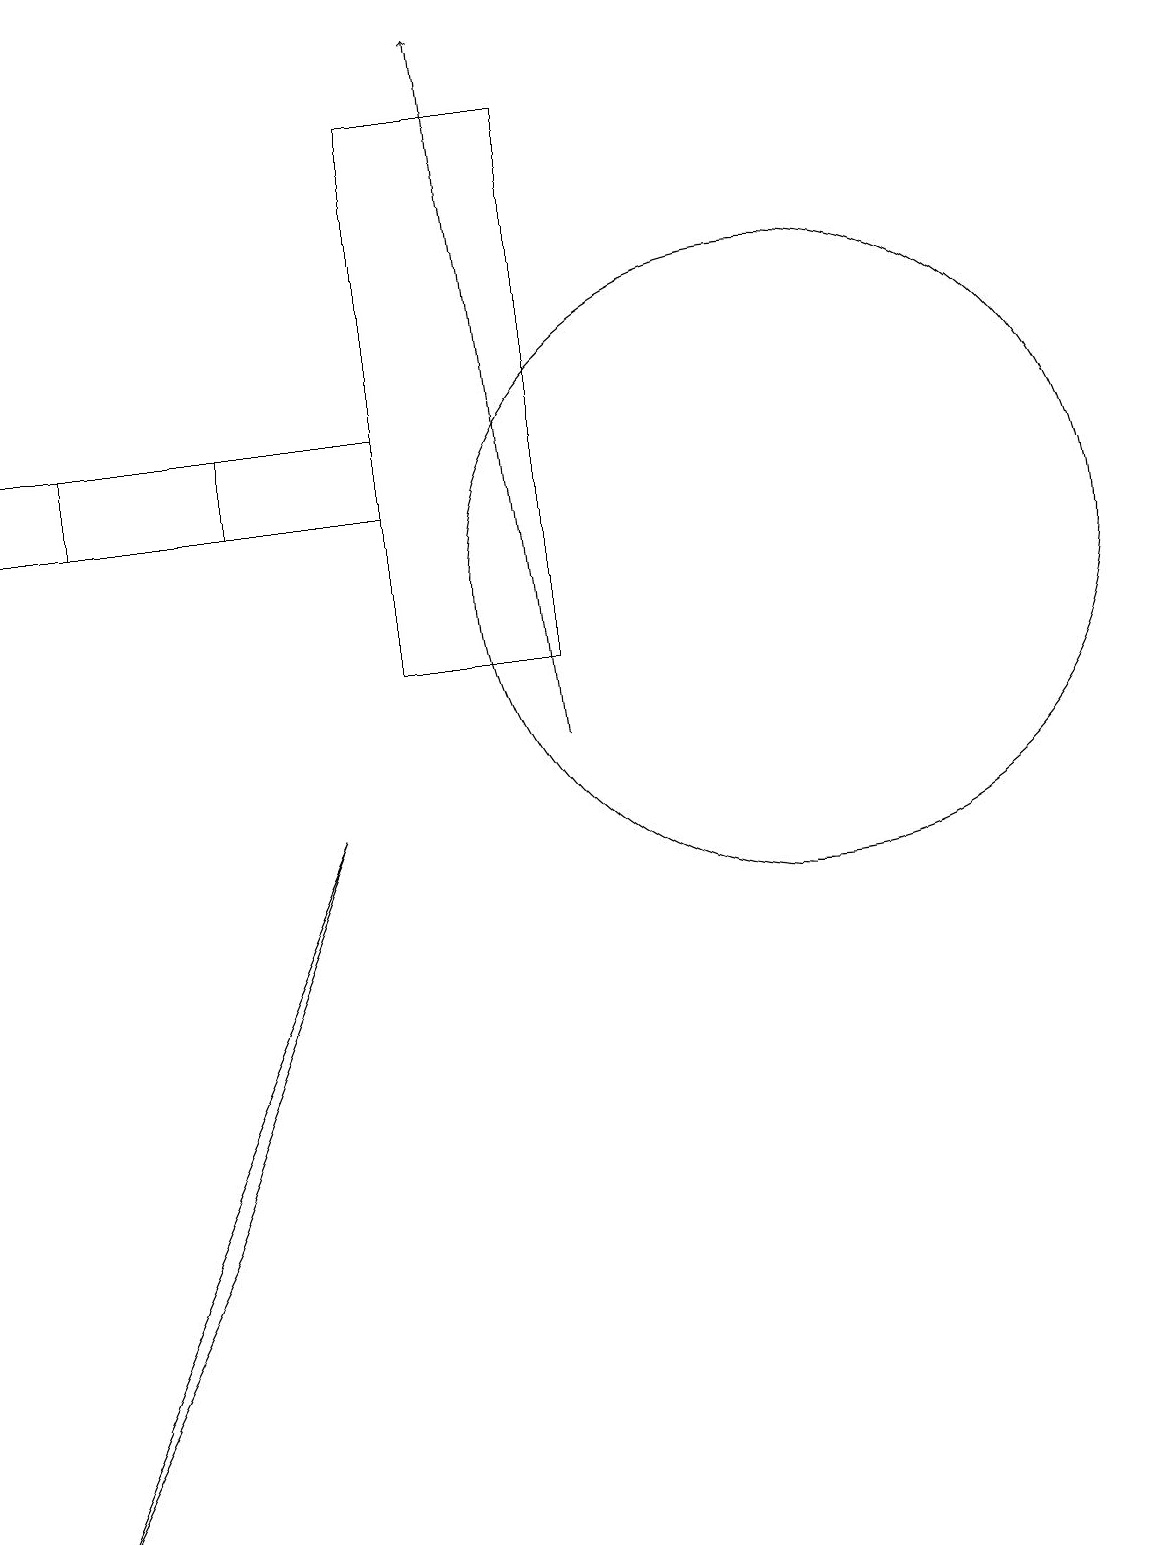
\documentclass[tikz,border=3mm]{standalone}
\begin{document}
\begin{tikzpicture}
\draw (10,12) circle (4);
\draw (7,18) rectangle (5,11);
\draw[->] (7,10) -- (6,19);
\draw (2,4) -- (0,0) -- (4,9) -- cycle;
\draw (5,13) rectangle (1,14);
\draw (3,13) rectangle (0,14);
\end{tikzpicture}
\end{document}